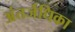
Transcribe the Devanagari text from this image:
अंतर्जधिका